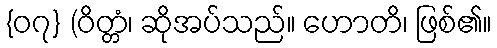
{၀၇} (ဝိတ္တံ၊ ဆိုအပ်သည်။ ဟောတိ၊ ဖြစ်၏။